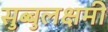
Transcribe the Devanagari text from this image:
सुब्बुलक्षमी